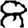
Digit: 8